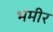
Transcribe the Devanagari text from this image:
भमीर